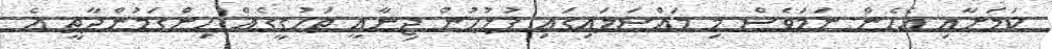
ކަމަށާއި އެހެން ނަމަވެސް މި މައްސަލައިގައި ފުލުހުން ޖިނާއީ ތަހުގީގެއް ހިންގަމުންދާތީ އެ